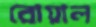
রোয়াল